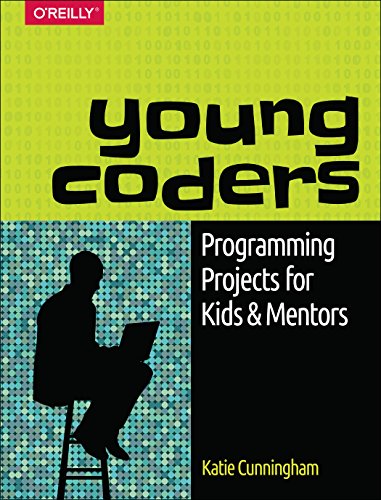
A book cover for Next-Gen Coders; Katie Cunningham; Children's Books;